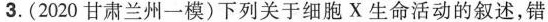
3.(2020甘肃兰州一模)下列关于细胞X生命活动的叙述，错